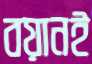
বয়ানই